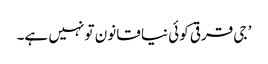
’ جی قرقی کوئی نیا قانون تو نہیں ہے۔